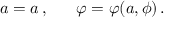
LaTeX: a = a \, , \ \ \ \ \ \varphi = \varphi ( a , \phi ) \, .